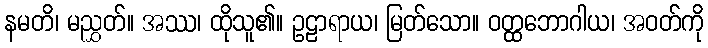
နမတိ၊ မညွှတ်။ အဿ၊ ထိုသူ၏။ ဥဠာရာယ၊ မြတ်သော။ ဝတ္ထဘောဂါယ၊ အဝတ်ကို